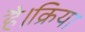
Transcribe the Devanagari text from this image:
है।क्रिया